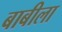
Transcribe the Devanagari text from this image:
बाबीला